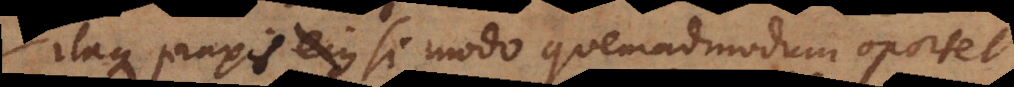
Itaque praxis Ecclesiae si modo quemadmodum oportet